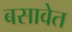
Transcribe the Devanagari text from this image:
बसावेत